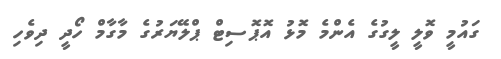
ގައުމީ ވޮލީ ލީގުގެ އެންމެ މޮޅު އޮޕޮސިޓް ޕްލޭޔަރުގެ މާގާމް ހޯދީ ދިވެހި